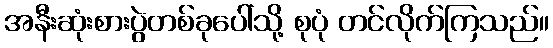
အနီးဆုံးစားပွဲတစ်ခုပေါ်သို့ စုပုံ တင်လိုက်ကြသည်။